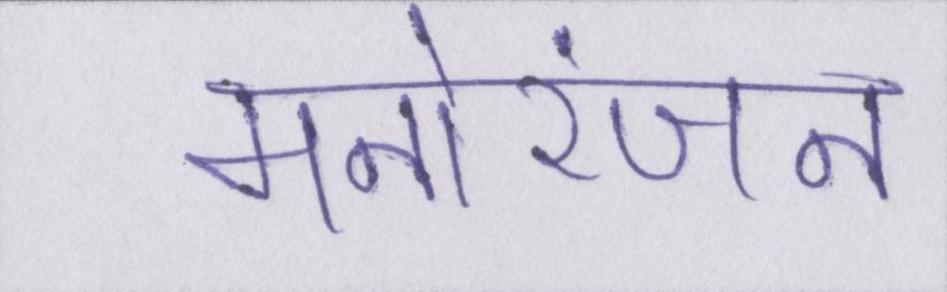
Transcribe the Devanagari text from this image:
मनोरंजन